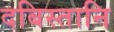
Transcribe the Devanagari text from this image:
दबिस्तानि